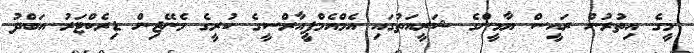
މީގެ އިތުރުން ރައީސް ޔާމީންގެ ޝަރީއަތުގައި އެމްއެމްޕީއާރްސީގެ ކުރީގެ މެނޭޖިން ޑިރެކްޓަރު އަބްދު